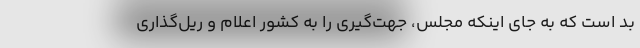
بد است که به جای اینکه مجلس، جهت‌گیری را به کشور اعلام و ریل‌گذاری